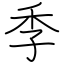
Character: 季